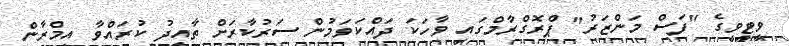
ވީޓީވީގެ "ފަސް މަަންޒަރު" ޕްރޮގްރާމްގައި ވާހަކަ ދައްކަވަމުން ސަރުކާރަށް ތާއީދު ކުރައްވާ އިމްރާން